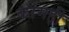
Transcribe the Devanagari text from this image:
कांमही